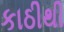
કાઠીથી